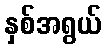
နှစ်အရွယ်